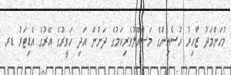
މުހަންމަދު ޒާހިރު ހުސެއިންގެ މަސްއޫލުވެރިކަމުގެ ދަށުން އަދި ހަވީރުގެ އޭރުގެ އެޑިޓަރު ޑރ.